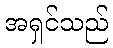
အရှင်သည်